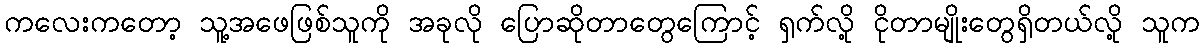
ကလေးကတော့ သူ့အဖေဖြစ်သူကို အခုလို ပြောဆိုတာတွေကြောင့် ရှက်လို့ ငိုတာမျိုးတွေရှိတယ်လို့ သူက